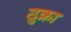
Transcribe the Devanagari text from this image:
ठुक्रा